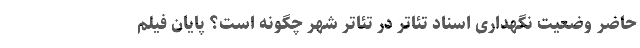
حاضر وضعیت نگهداری اسناد تئاتر در تئاتر شهر چگونه است؟ پایان فیلم